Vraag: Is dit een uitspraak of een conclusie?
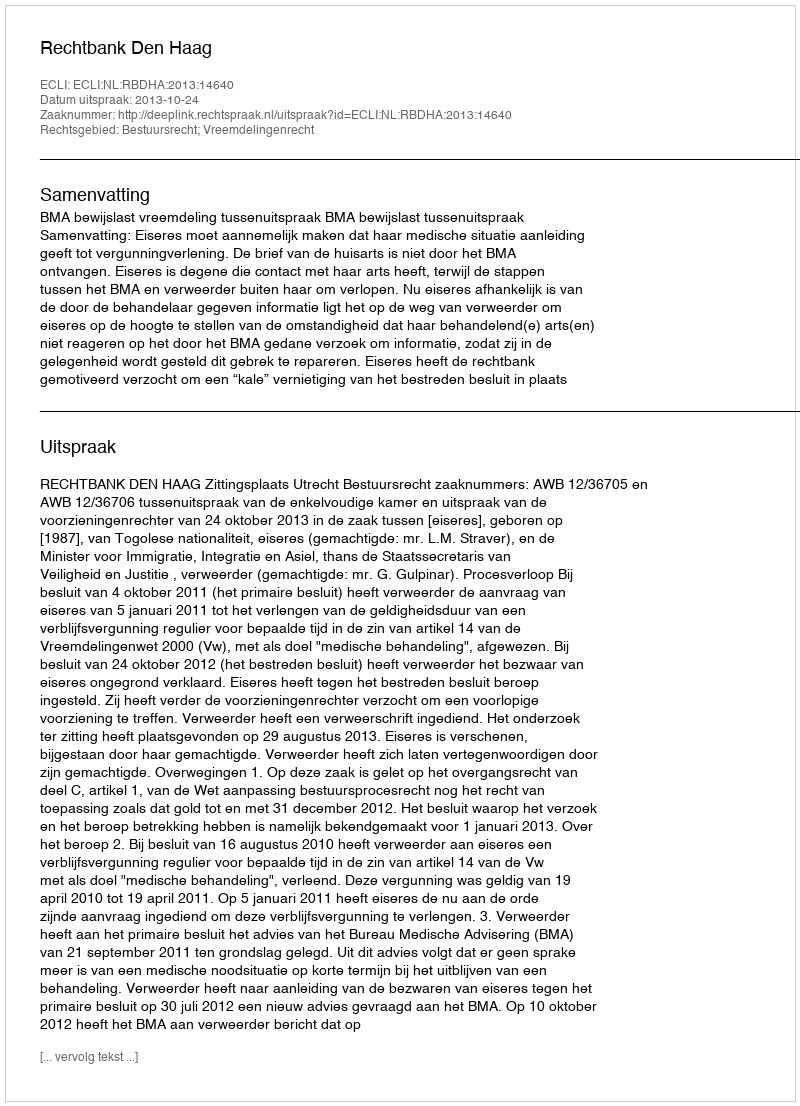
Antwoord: Uitspraak